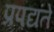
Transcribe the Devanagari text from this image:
प्रपद्यंते